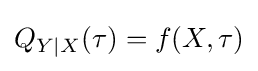
Q_{Y|X}(\tau )=f(X,\tau )